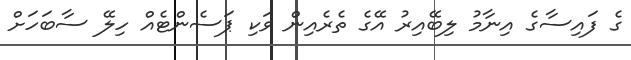
ގެ ފައިސާގެ އިނާމު ލިބޭއިރު އޭގެ ތެރެއިން ވަކި ޕަސެންޓެއް ހިލޭ ސާބަހަށް